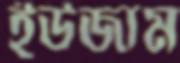
ইউজাম